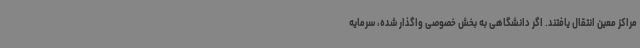
مراکز معین انتقال یافتند. اگر دانشگاهی به بخش خصوصی واگذار شده، سرمایه